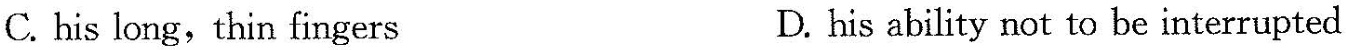
C.his long, thin fingers D.his ability not to be interrupted